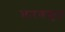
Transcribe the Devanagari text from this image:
चारणकृत